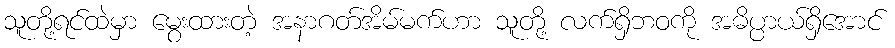
သူတို့ရင်ထဲမှာ မွေးထားတဲ့ အနာဂတ်အိမ်မက်ဟာ သူတို့ လက်ရှိဘဝကို အဓိပ္ပာယ်ရှိအောင်